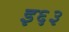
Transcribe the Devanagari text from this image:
इ६३